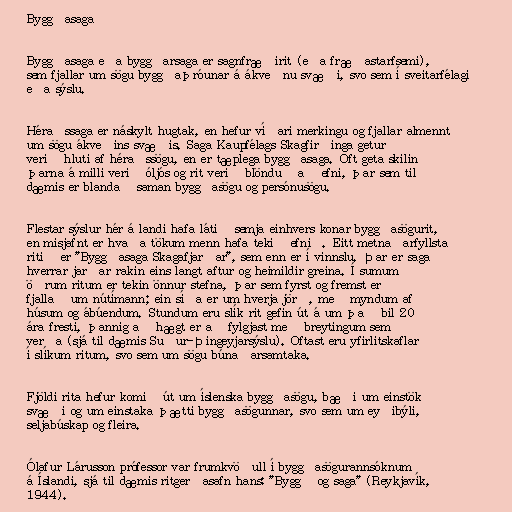
Byggðasaga

Byggðasaga eða byggðarsaga er sagnfræðirit (eða fræðastarfsemi),
sem fjallar um sögu byggðaþróunar á ákveðnu svæði, svo sem í sveitarfélagi
eða sýslu.

Héraðssaga er náskylt hugtak, en hefur víðari merkingu og fjallar almennt
um sögu ákveðins svæðis. Saga Kaupfélags Skagfirðinga getur
verið hluti af héraðssögu, en er tæplega byggðasaga. Oft geta skilin
þarna á milli verið óljós og rit verið blönduð að efni, þar sem til
dæmis er blandað saman byggðasögu og persónusögu.

Flestar sýslur hér á landi hafa látið semja einhvers konar byggðasögurit,
en misjafnt er hvaða tökum menn hafa tekið efnið. Eitt metnaðarfyllsta
ritið er "Byggðasaga Skagafjarðar", sem enn er í vinnslu. Þar er saga
hverrar jarðar rakin eins langt aftur og heimildir greina. Í sumum
öðrum ritum er tekin önnur stefna, þar sem fyrst og fremst er
fjallað um nútímann; ein síða er um hverja jörð, með myndum af
húsum og ábúendum. Stundum eru slík rit gefin út á um það bil 20
ára fresti, þannig að hægt er að fylgjast með breytingum sem
verða (sjá til dæmis Suður-Þingeyjarsýslu). Oftast eru yfirlitskaflar
í slíkum ritum, svo sem um sögu búnaðarsamtaka.

Fjöldi rita hefur komið út um íslenska byggðasögu, bæði um einstök
svæði og um einstaka þætti byggðasögunnar, svo sem um eyðibýli,
seljabúskap og fleira.

Ólafur Lárusson prófessor var frumkvöðull í byggðasögurannsóknum
á Íslandi, sjá til dæmis ritgerðasafn hans: "Byggð og saga" (Reykjavík,
1944).